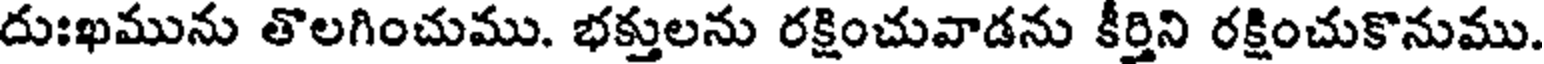
దుఃఖమును తొలగించుము. భక్తులను రక్షించువాడను కీర్తిని రక్షించుకొనుము.